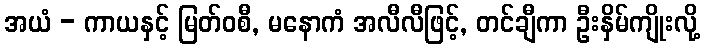
အယံ - ကာယနှင့် မြတ်ဝစီ, မနောကံ အလီလီဖြင့်, တင်ချီကာ ဦးနှိမ်ကျိုးလို့